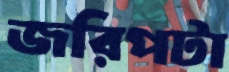
জরিপটা